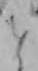
と